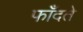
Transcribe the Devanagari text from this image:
फाँदते